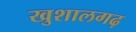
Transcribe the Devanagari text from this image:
खुशालगढ़